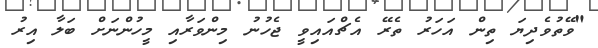
"ވޭތުވެދިޔަ ތިން އަހަރު ތެރޭ އެޗްއައިވީ ޖެހުނު މިންވަރާއި މީހުންނަށް ބަލާ އިރު